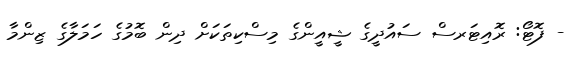
- ފޮޓޯ: ރޮއިޓަރސް ސައުދީގެ ޝީއީންގެ މިސްކިތަކަށް ދިން ބޮމުގެ ހަމަލާގެ ޒިންމާ